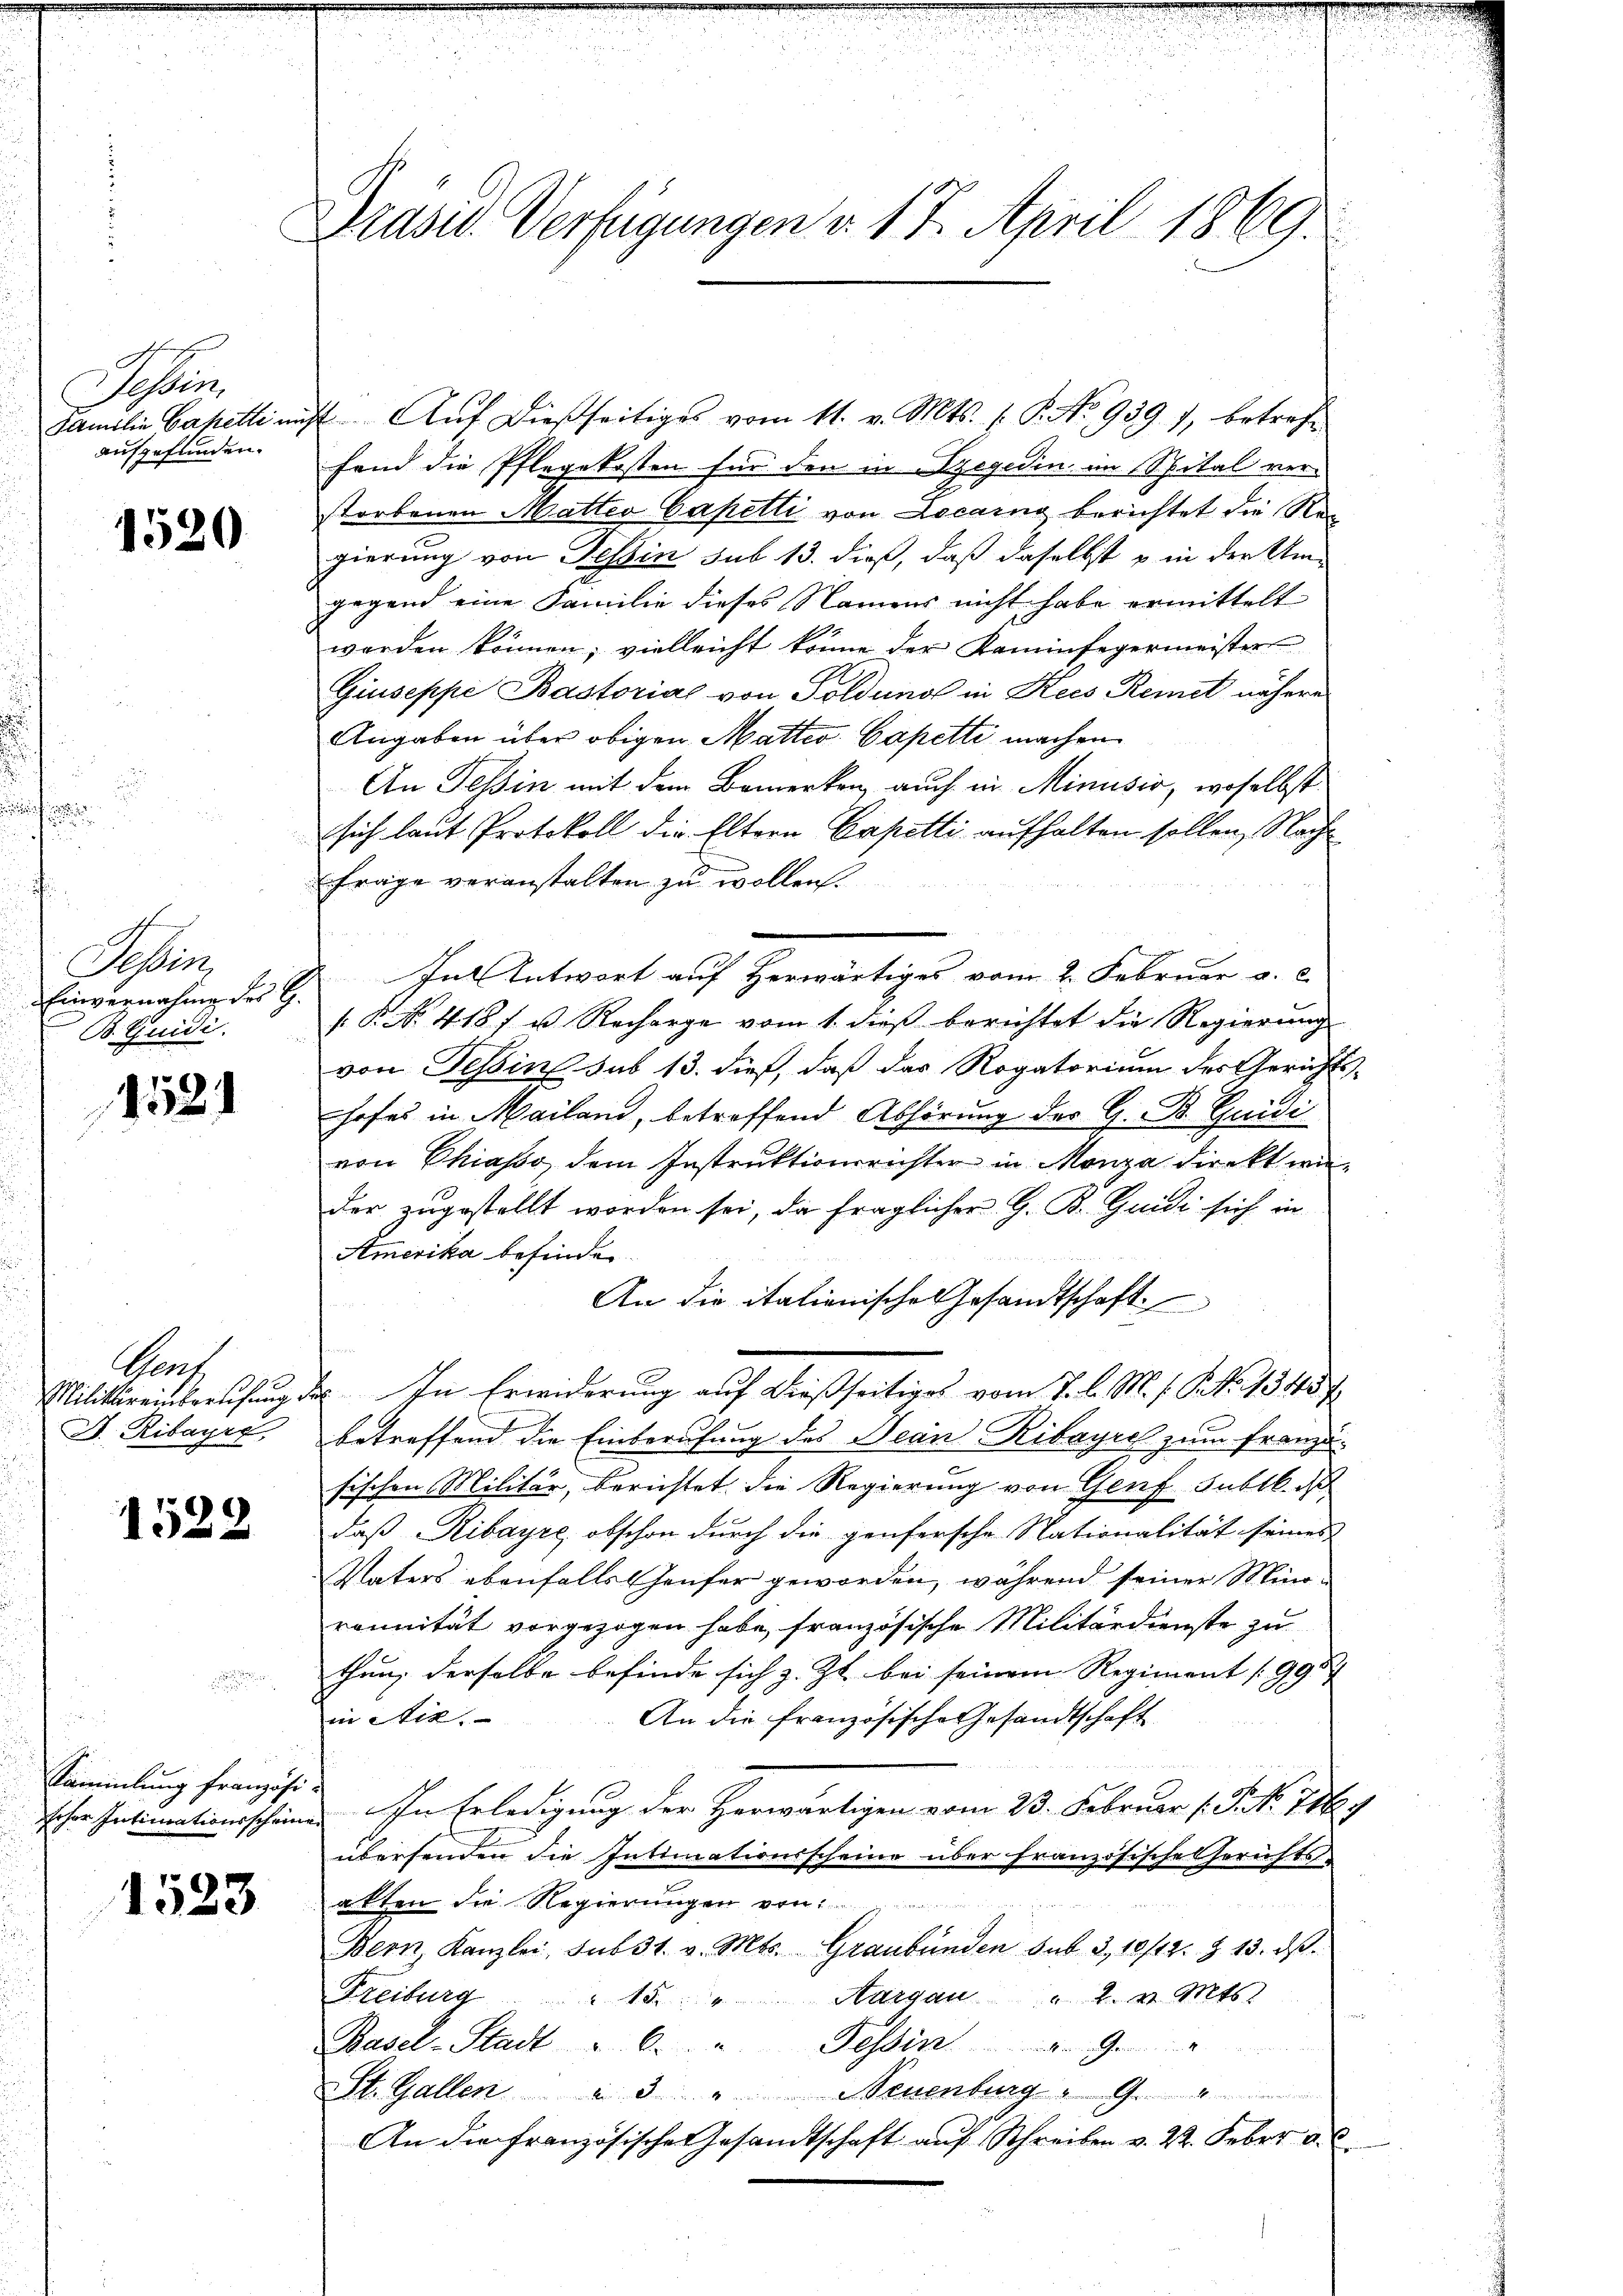
e
Familie Capellin
aufgefunden.

1520

See
Einvernahme des G
B. Quidi.

1521

Chorh
Militäreinberufung
J. Ribayer,

1522

Sammlung französi

1523

Drase Verfügungen d. 17. April 1869.

4 Auf dießseitiges vom 11. v. Mts. (T. No 939. 7, betreffand die Pflegekosten für den in Szegedin im Spital verstorbenen Matter Capetti von Locarng berichtet die Re-
gierung von Tessin sub 13. dieß, daß daselbst & in der Um-
gegend eine Familie dieses Namens nicht habe ermittelt
worden können, vielleicht könne der Kaminfegermeister
Giuseppe Bastorial von Soldung in Keis Remet nähere
Angaben über obigen Matter Capetti machen
An Tessin mit dem Bemerken, auch in Minusio, woselbst
sich laut Protokoll die Eltern Capetti aufhalten sollen, Nachfrage veranstalten zu wollen.
In Antwort auf Herwärtiges vom 2. Februar a. c.
[§ No. 418 f u. Recharge vom 1. dieß berichtet die Regierung
von Tessine sub 13. dieß, daß das Rogatorium des Gerichts-
hofes in Mailand, betreffend Abhörung der G. B. Quidi
von Chiasso, dem Instruktionsrichter in Menza direktider zugestellt worden sei, da fraglicher G. K. Guidi sich in
Amerika befinden.
An die italienische Gesandtschaft
In Erwiderung auf dießseitiges vom 7. l. M. f. P. Nr. 13457
betreffend die Einberufung des Jean Ribayris zum Französischen Militär, berichtet die Regierung von Genf Sublk. ds
daß Ribayre, obschon durch die genfersche Stationalität seines
Vaters ebenfalls häufer geworden, während seiner Minorennität vorgezogen habe, französische Militärdienste zu
thun, derselbe befinde sich z. Zt. bei seinem Regiment (995
An die französische Gesandtschaft
in etc.
h
hoher Intimationsscheine. In Erledigung der Herwärtigen vom 23. Februar (: P. No 716.
übersenden die Intimationsscheine über Französische Gerichts-
akten die Regierungen von
Bern, Kanzlei, sub 31. v. Mts. Graubünden sub 3,10/12 Z. 13. ds.
Freiburg " 15 " Margau " 4. v. Mts.
Basel-Stadt u. 6. u. Tessin 9
St. Gallen à 3 " Neuenburg  9 "
An die französisches Gesandtschaft auf Schreiben v. 22. Feber a. 0.